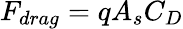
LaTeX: F_{drag}=qA_{s}C_{D}